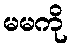
မမကို